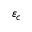
\varepsilon _ { c }